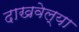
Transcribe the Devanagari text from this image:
दाखवेल्या